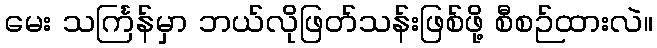
မေး သင်္ကြန်မှာ ဘယ်လိုဖြတ်သန်းဖြစ်ဖို့ စီစဉ်ထားလဲ။